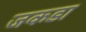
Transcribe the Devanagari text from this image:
जकडा